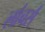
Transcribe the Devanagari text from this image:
लांचर्स